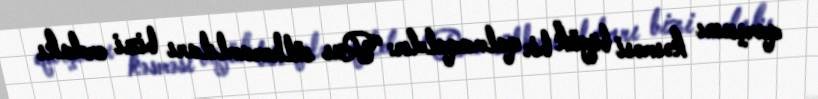
qarşısını kəsməsi böyük bir qalmaqaldır: “Rus sülhəramlıları bizi ordakı